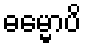
ဓမ္မောပိ